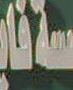
فنان